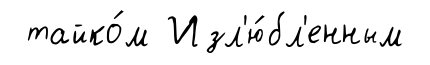
тайко́м Изл'ю́бл'енным